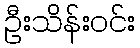
ဦးသိန်းဝင်း